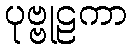
ပုဗ္ဗုဠကာ